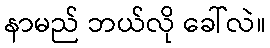
နာမည် ဘယ်လို ခေါ်လဲ။